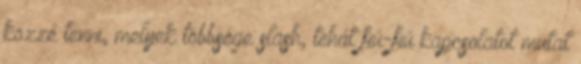
közzé tenni, melyek többsége slash, tehát fiú-fiú kapcsolatot mutat